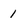
Character: 1